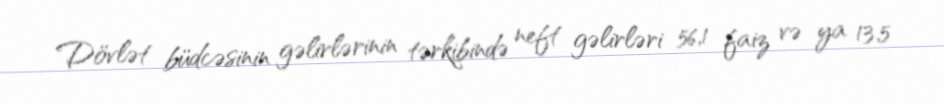
Dövlət büdcəsinin gəlirlərinin tərkibində neft gəlirləri 56,1 faiz və ya 13,5